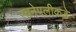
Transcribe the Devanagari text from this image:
रचनेपलीकडे